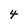
Character: 4